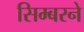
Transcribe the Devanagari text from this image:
सिम्बरने